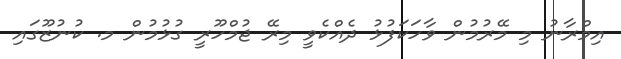
އިމްރާނު މި މޭރުމުން ވާހަކަފުޅު ދެއްކެވީ މިރޭ ޖުމްހޫރީ ގުޅުމުން މ. ކުނުޒޫގައި